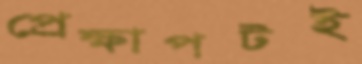
প্রেক্ষাপটই